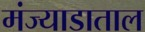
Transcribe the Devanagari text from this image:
मंज्याडाताल